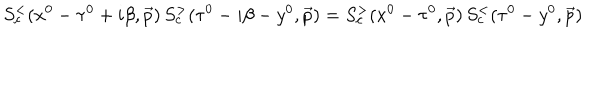
LaTeX: S _ { c } ^ { < } ( x ^ { 0 } - \tau ^ { 0 } + i \beta , \vec { p } ) \, S _ { c } ^ { > } ( \tau ^ { 0 } - i \beta - y ^ { 0 } , \vec { p } ) = S _ { c } ^ { > } ( x ^ { 0 } - \tau ^ { 0 } , \vec { p } ) \, S _ { c } ^ { < } ( \tau ^ { 0 } - y ^ { 0 } , \vec { p } )